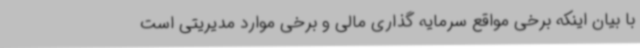
با بیان اینکه برخی مواقع سرمایه گذاری مالی و برخی موارد مدیریتی است